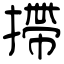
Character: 摕